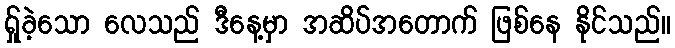
ရ်ှုခဲ့သော လေသည် ဒီနေ့မှာ အဆိပ်အတောက် ဖြစ်နေ နိုင်သည်။